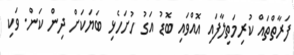
ފަރާތްތައް ކުރިމަތިލާފައި އޮއްވައި ބޮޑު އަގު ހުށަހެޅި ބަޔަކަށް ދިން ކަން. ވަކި